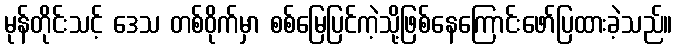
မုန်တိုင်းသင့် ဒေသ တစ်ဝိုက်မှာ စစ်မြေပြင်ကဲ့သို့ဖြစ်နေကြောင်းဖော်ပြထားခဲ့သည်။